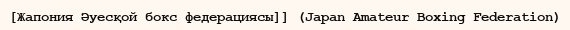
[Жапония Әуесқой бокс федерациясы]] (Japan Amateur Boxing Federation)